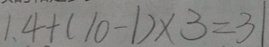
1 . 4 + ( 1 0 - 1 ) \times 3 = 3 1